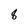
Character: 8